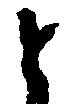
と